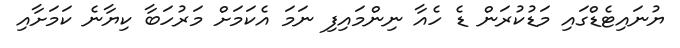
ޔުނައިޓެޑްގައި މަޑުކުރަން ޑެ ހެއާ ނިންމައިފި ނަމަ އެކަމަށް މަރުހަބާ ކިޔާނެ ކަމަށާއި